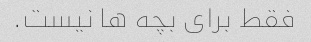
فقط برای بچه ها نیست.